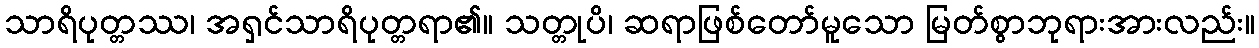
သာရိပုတ္တဿ၊ အရှင်သာရိပုတ္တရာ၏။ သတ္တုပိ၊ ဆရာဖြစ်တော်မူသော မြတ်စွာဘုရားအားလည်း။